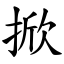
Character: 掀